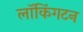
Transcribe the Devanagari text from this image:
लॉकिंगटन